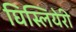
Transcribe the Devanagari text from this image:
घिस्लियेरी